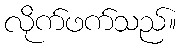
လိုက်ဖက်သည်။